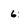
Character: 6